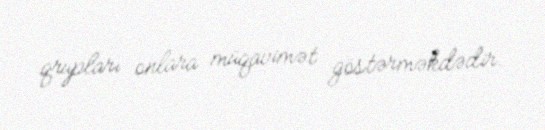
qrupları onlara müqavimət göstərməkdədir.